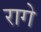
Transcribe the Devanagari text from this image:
रागे